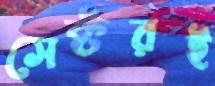
সেক্টরই